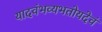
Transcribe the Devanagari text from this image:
यादवंभव्यभतोयदेवं